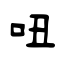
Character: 吜